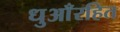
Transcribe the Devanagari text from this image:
धुआँरहित